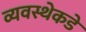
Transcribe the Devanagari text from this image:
व्यवस्थेकडे